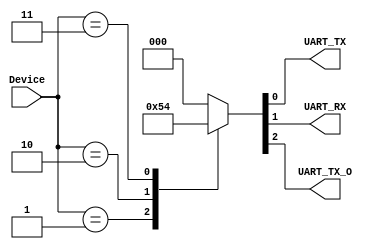
module Device_Selector (
	input 	[2:0]	Device,
	
	output 			UART_TX,
	output 			UART_RX,
	output			UART_TX_O
);

localparam 	UART_Tx 		= 3'b001,
				UART_Rx 		= 3'b010,
				UART_Tx_o	= 3'b011;
				
reg [2:0] out_sel;
				
always @(Device) begin
	
	case(Device)
			UART_Tx: 	begin 
									out_sel = 001;
							end				
			UART_Rx: 	begin
									out_sel = 010;
							end
			UART_Tx_o:	begin
									out_sel = 100;
							end
			default:		begin
									out_sel = 000;
							end
	endcase
end 

assign UART_TX = out_sel[0];
assign UART_RX = out_sel[1];
assign UART_TX_O = out_sel[2];

endmodule